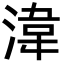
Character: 湋